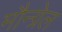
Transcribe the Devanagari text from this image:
मौन्ग्रेल